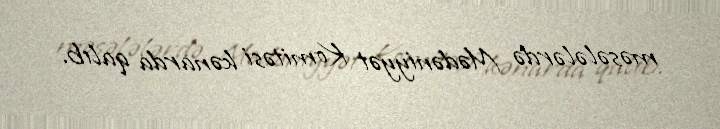
məsələlərdə Mədəniyyət Komitəsi kənarda qalıb.